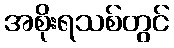
အစိုးရသစ်တွင်